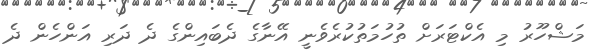
މަޝްހޫރު މި އެކްޓަރަށް ތުހުމަތުކުރެވެނީ އޭނާގެ ދެބައިންގެ ދެ ދަރި އަންހެން ދެ